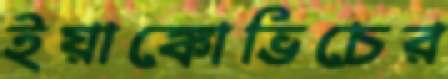
ইয়াঙ্কোভিচের